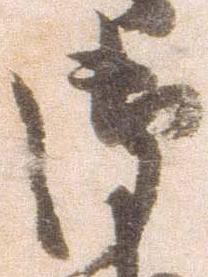
御